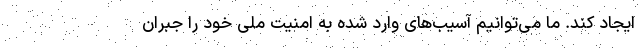
ایجاد کند. ما می‌توانیم آسیب‌های وارد شده به امنیت ملی خود را جبران